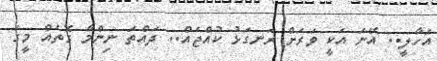
އަހާލީ.. އޭނަ އަކީ ވަރަށް ރަނގަޅު ކުއްޖެއް.. ދައްތަ ނިންމާ ގޮތެއް މީގަ